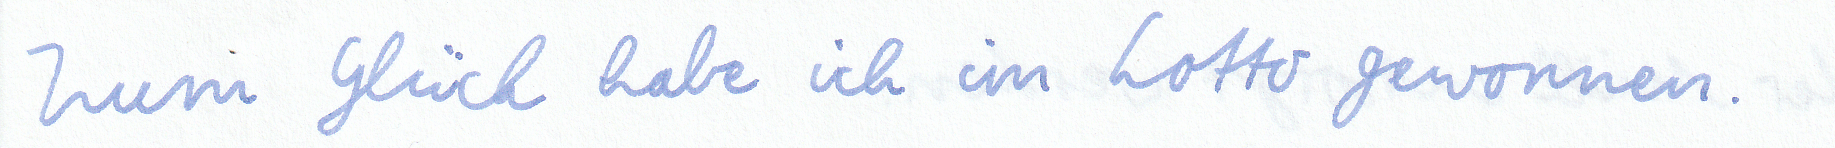
Zum Glück habe ich im Lotto gewonnen.